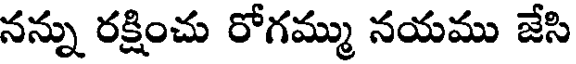
నన్ను రక్షించు రోగమ్ము నయము జేసి